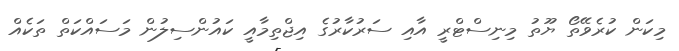
މިކަން ކުރެވޭތޯ ޔޫތު މިނިސްޓްރީ އާއި ސަރުކާރުގެ އިޖްތިމާއީ ކައުންސިލުން މަސައްކަތް ތަކެއް